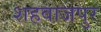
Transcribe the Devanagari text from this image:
शहवाजपुर